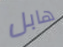
هابل